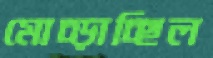
মোচ্‌ড়াচ্ছিল